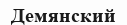
Демянский